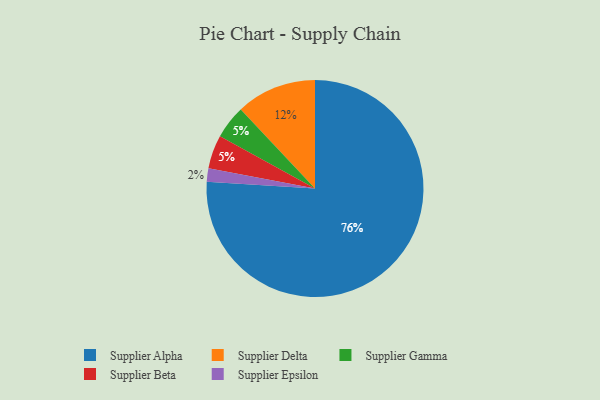
{"axis": {"x": "Category", "y": "Percentage"}, "legend": ["Supplier Alpha", "Supplier Beta", "Supplier Delta", "Supplier Epsilon", "Supplier Gamma"], "data": [{"x": "Supplier Gamma", "y": 5, "type": "Supplier Gamma"}, {"x": "Supplier Alpha", "y": 76, "type": "Supplier Alpha"}, {"x": "Supplier Epsilon", "y": 2, "type": "Supplier Epsilon"}, {"x": "Supplier Delta", "y": 12, "type": "Supplier Delta"}, {"x": "Supplier Beta", "y": 5, "type": "Supplier Beta"}]}